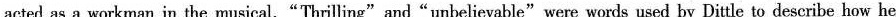
acted as a workman in the musical. "Thrilling" and "unbelievable" were words used by Dittle to describe how he